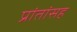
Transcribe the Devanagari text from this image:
प्रांतांसह